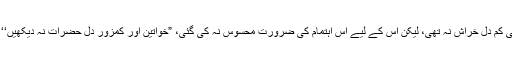
11 ستمبر کو بیگم کلثوم نواز کے انتقال کی خبر کے ساتھ وہ ویڈیو بھی کم دل خراش نہ تھی، لیکن اس کے لیے اس اہتمام کی ضرورت محسوس نہ کی گئی، ”خواتین اور کمزور دل حضرات نہ دیکھیں‘‘… لندن کے ہارلے سٹریٹ کلینک میں بیگم صاحبہ وینٹی لیٹر پر تھیں۔